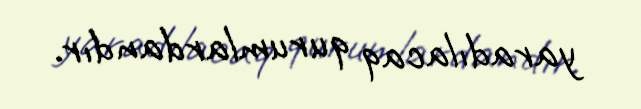
yaradılacaq qurumlardandır.